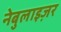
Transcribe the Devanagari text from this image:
नेबुलाइज़र